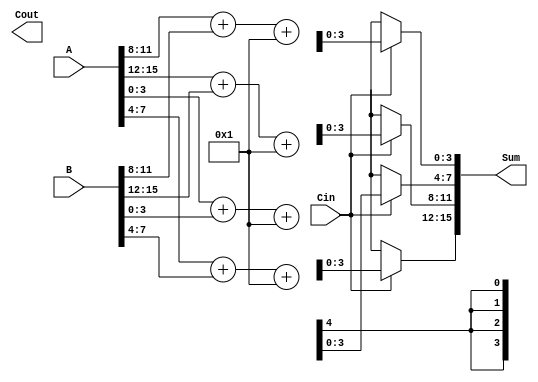
module carry_select_adder #(parameter N = 16, parameter SEGMENT_SIZE = 4) (
    input [N-1:0] A,
    input [N-1:0] B,
    input Cin,
    output [N-1:0] Sum,
    output Cout
);

    localparam NUM_SEGMENTS = N / SEGMENT_SIZE;

    wire [SEGMENT_SIZE:0] carry; // carry for each segment
    wire [SEGMENT_SIZE-1:0] S0 [NUM_SEGMENTS-1:0]; // Sum when carry-in is 0
    wire [SEGMENT_SIZE-1:0] S1 [NUM_SEGMENTS-1:0]; // Sum when carry-in is 1

    // Generate each segment
    genvar i;
    generate
        for (i = 0; i < NUM_SEGMENTS; i = i + 1) begin : segment
            // Each segment computes S0 and S1 based on the carry-in
            wire [SEGMENT_SIZE-1:0] A_segment = A[i*SEGMENT_SIZE +: SEGMENT_SIZE];
            wire [SEGMENT_SIZE-1:0] B_segment = B[i*SEGMENT_SIZE +: SEGMENT_SIZE];

            // Full adders for S0 and S1
            assign {carry[i], S0[i]} = A_segment + B_segment + carry[i-1];
            assign {carry[i], S1[i]} = A_segment + B_segment + (carry[i-1] | 1'b1);
        end
    endgenerate

    // Select the final sum based on the carry-in
    generate
        for (i = 0; i < NUM_SEGMENTS; i = i + 1) begin : mux
            assign Sum[i*SEGMENT_SIZE +: SEGMENT_SIZE] = (Cin == 1'b0) ? S0[i] : S1[i];
        end
    endgenerate

    // Final carry-out
    assign Cout = carry[NUM_SEGMENTS-1];

endmodule